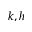
k , h